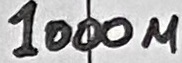
Text: 1000u